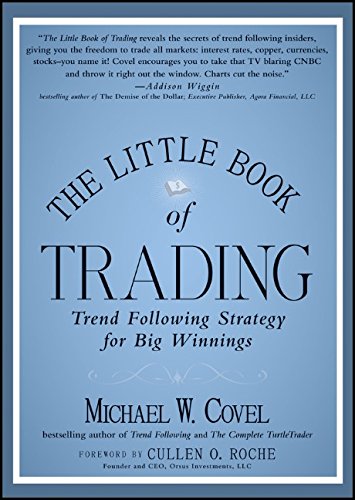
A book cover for The Little Book of Trading: Trend Following Strategy for Big Winnings; Michael W. Covel; Business & Money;